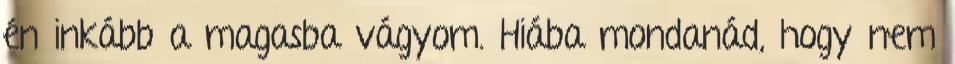
én inkább a magasba vágyom. Hiába mondanád, hogy nem